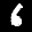
Label: 6